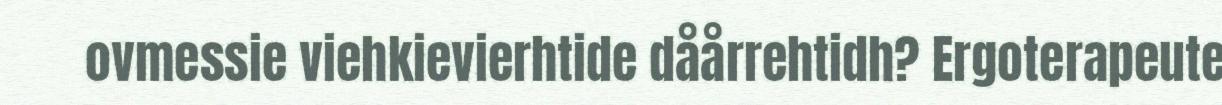
ovmessie viehkievierhtide dåårrehtidh? Ergoterapeute